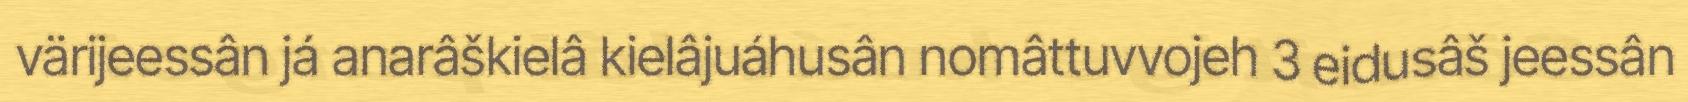
värijeessân já anarâškielâ kielâjuáhusân nomâttuvvojeh 3 eidusâš jeessân